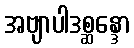
အဗျာပါဒစ္ဆန္ဒော